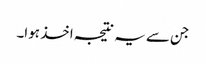
جن سے یہ نتیجہ اخذ ہوا۔